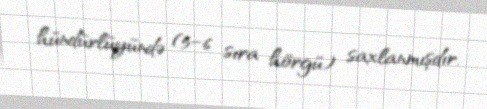
hündürlüyündə (5–6 sıra hörgü) saxlanmışdır.